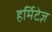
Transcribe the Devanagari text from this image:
हर्मिटेज़